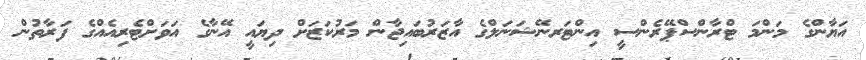
އަޔާންގެ މަންމަ ޓްރާންސްޕޭރެންސީ އިންޓަރނޭޝަނަލްގެ އާޒަރުބައިޖާން މަރުކަޒަށް ދިޔައީ އޭނާގެ އަވަށްޓެރިއެއްގެ ފަރާތުން